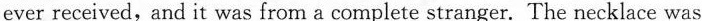
ever received, and it was from a complete stranger. The necklace was